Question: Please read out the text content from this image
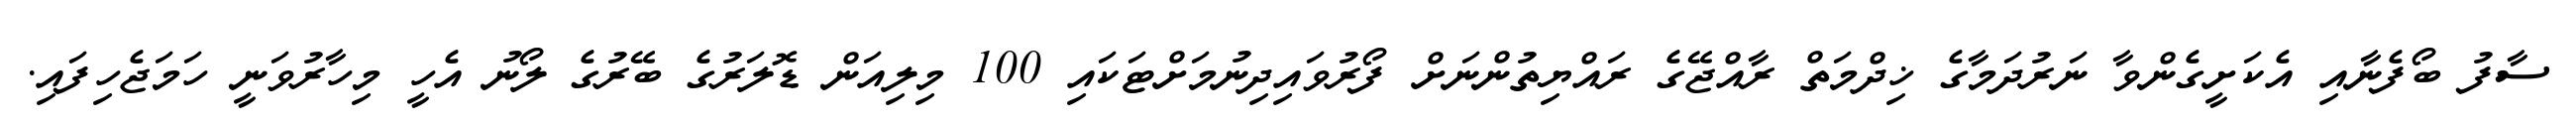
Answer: ސާފު ބޯފެނާއި އެކަށީގެންވާ ނަރުދަމާގެ ޚިދްމަތް ރާއްޖޭގެ ރައްޔިތުންނަށް ފޯރުވައިދިނުމަށްޓަކައި 100 މިލިއަން ޑޮލަރުގެ ބޭރުގެ ލޯނު އެހީ މިހާރުވަނީ ހަމަޖެހިފައި.